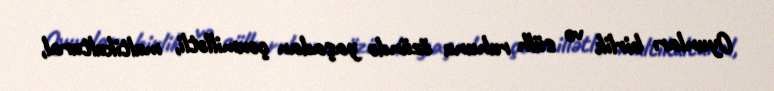
Oyunları birlik və sülh ruhunu özündə yaşadan çoxmillətli, multikultural,